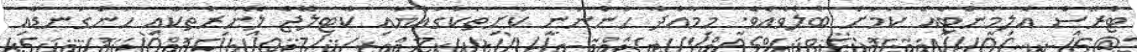
ޓްރޭސް އެލިމެންޓެއް ކަމަށް ބެލެވެއެވެ. މިމާއްދާ ހުންނަނީ ކަށިތަކުގައްޔާއި ކާޓިލޭޖް ލޭނާރުތަކާއި ހަންގަނޑާއި